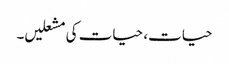
حیات، حیات کی مشعلیں۔